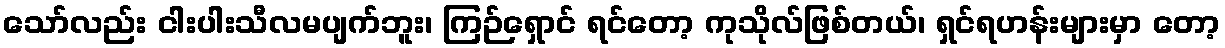
သော်လည်း ငါးပါးသီလမပျက်ဘူး၊ ကြဉ်ရှောင် ရင်တော့ ကုသိုလ်ဖြစ်တယ်၊ ရှင်ရဟန်းများမှာ တော့